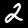
Digit: 2